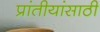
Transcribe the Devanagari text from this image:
प्रांतीयांसाठी